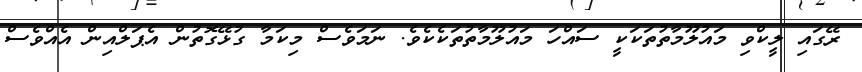
ރޭގައި ލީކްވި މައުލޫމާތުތަކަކީ ސައްހަ މައުލޫމާތުތަކެކެވެ. ނަމަވެސް މިކަމާ ގުޅޭގޮތުން އެޕަލްއިން އެއްވެސް